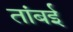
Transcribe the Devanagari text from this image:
तांबई